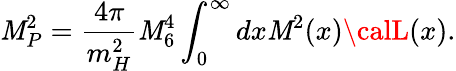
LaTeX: \mathit{M}_{P}^{2}=\frac{{4\pi}}{{m_{H}^{2}}}\mathit{M}_{6}^{4}\int_{0}^{\infty}dx\mathit{M}^{2}(x){\calL}(x).